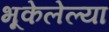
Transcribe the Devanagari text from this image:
भूकेलेल्या